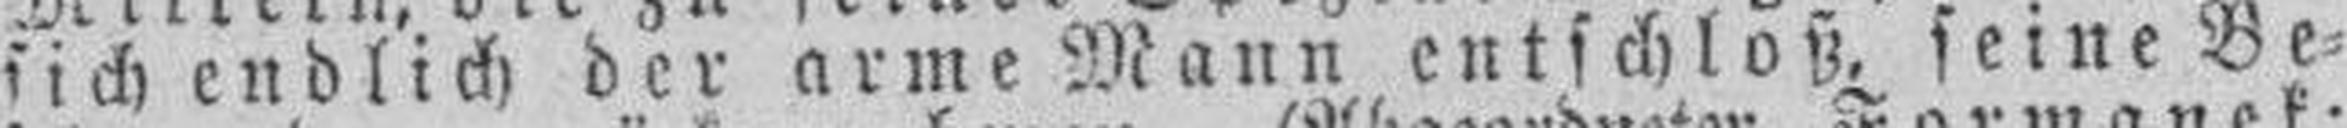
sich endlich der arme Mann entschloß seine Be¬